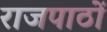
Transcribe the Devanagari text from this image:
राजपाठों